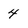
Character: 4